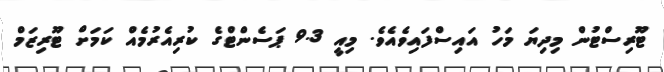
ޓޫރިސްޓުން މިދިޔަ މަހު އައިސްފައިވެއެވެ. މިއީ 9.3 ޕަސެންޓްގެ ކުރިއެރުމެއް ކަމަށް ޓޫރިޒަމް